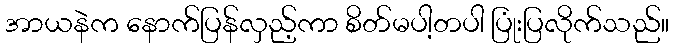
အာယနဲက နောက်ပြန်လှည့်ကာ စိတ်မပါ့တပါ ပြုံးပြလိုက်သည်။